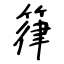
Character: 箻